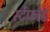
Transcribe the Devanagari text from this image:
स्टेंफोर्ड